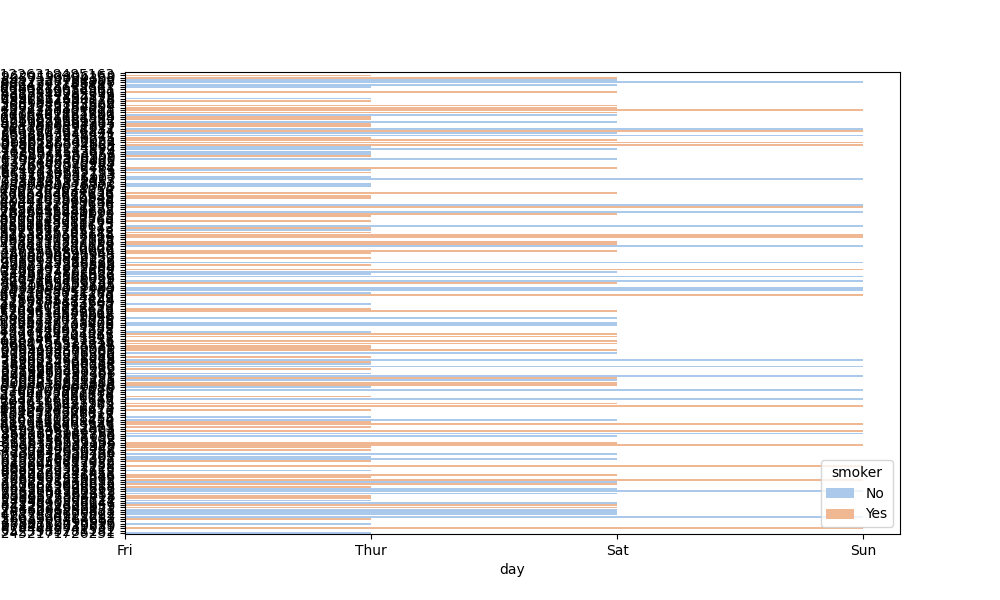
python, seaborn, barplot, hue='smoker', palette='pastel', ci=None, orient='h'